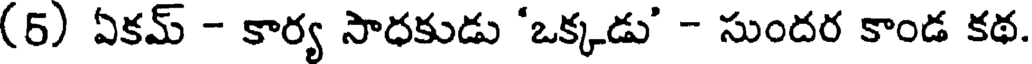
(5) ఏకమ్ - కార్య సాధకుడు 'ఒక్కడు' - సుందర కాండ కథ